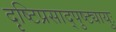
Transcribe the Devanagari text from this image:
दृष्टिप्रसाद्पुष्ट्यायुः